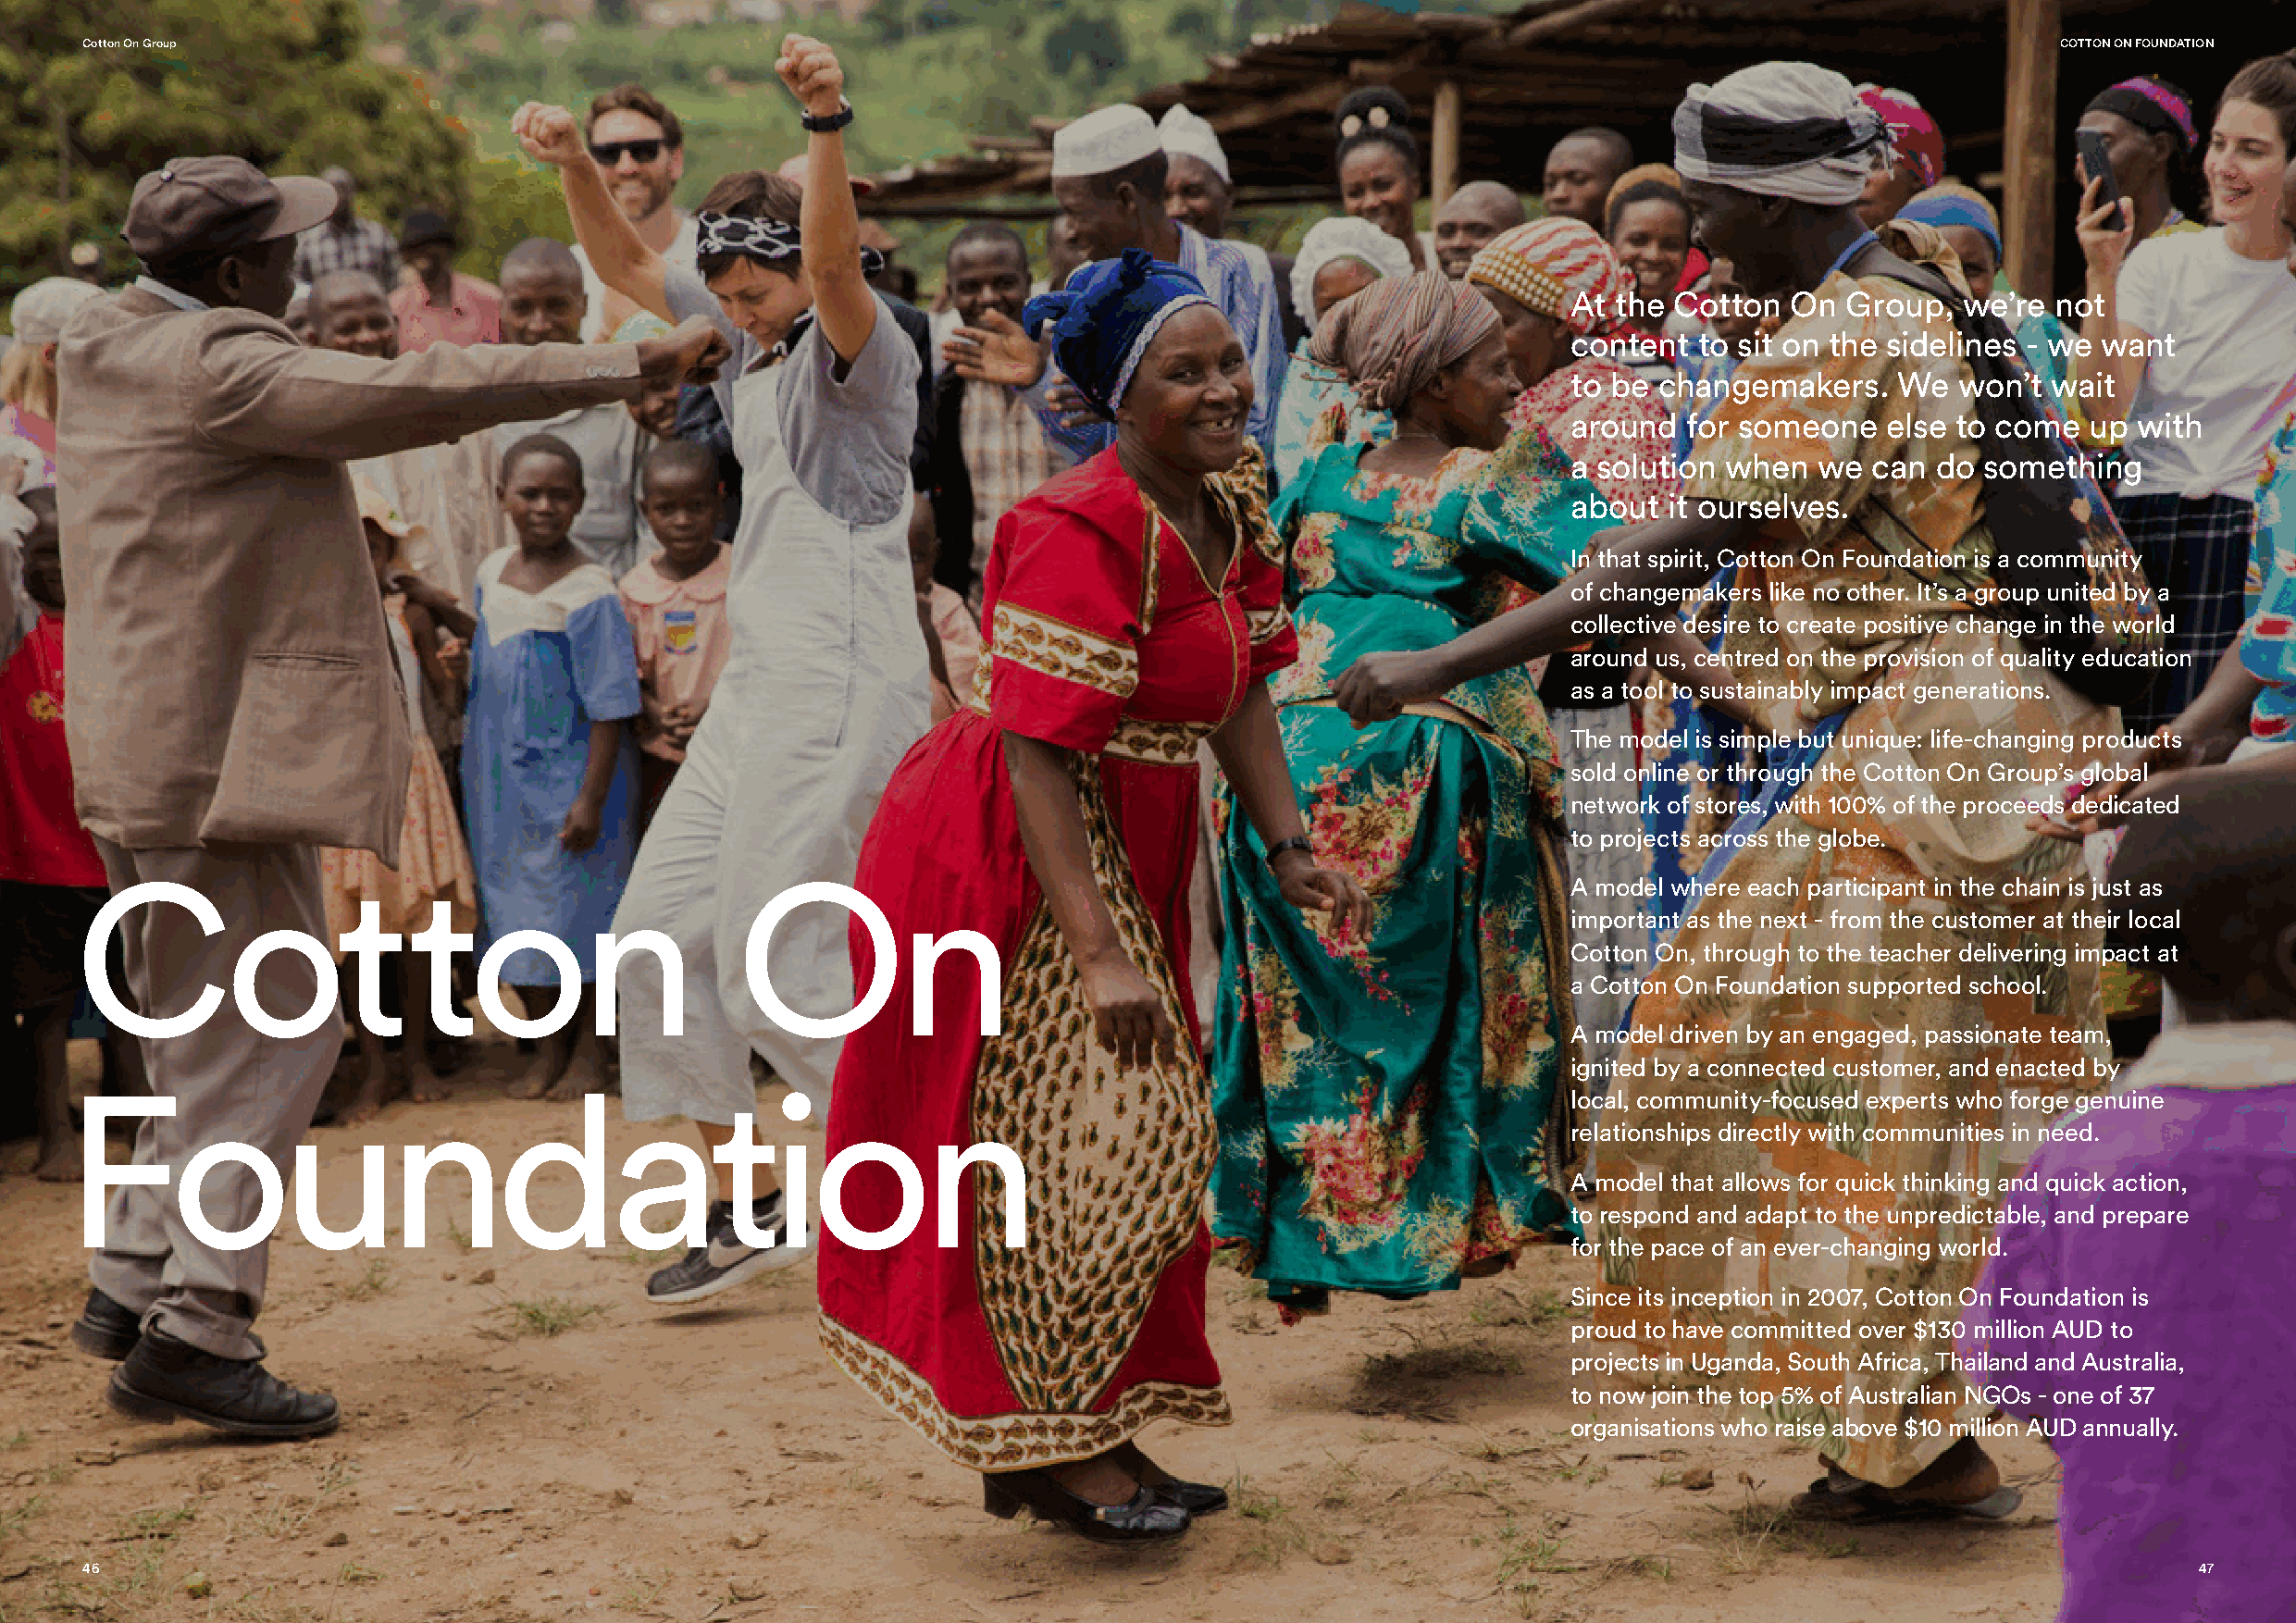
Cotton On Group                                                                                                                              COTTON ON FOUNDATION
 At  the Cotton  On  Group,  we’re  not
 content  to sit on the sidelines - we want
 to be  changemakers.    We  won’t  wait
 around   for someone   else to come  up  with
 a solution when   we  can do  something
 about  it ourselves.
 In that spirit, Cotton On Foundation is a community
 of changemakers like no other. It’s a group united by a
 collective desire to create positive change in the world
 around us, centred on the provision of quality education
 as a tool to sustainably impact generations.
 The model is simple but unique: life-changing products
 sold online or through the Cotton On Group’s global
 network of stores, with 100% of the proceeds dedicated
 to projects across the globe.
 Cotton                                          On
 A model where each participant in the chain is just as
 important as the next - from the customer at their local
 Cotton On, through to the teacher delivering impact at
 a Cotton On Foundation supported school.
 A model driven by an engaged, passionate team,
 ignited by a connected customer, and enacted by
 Foundation
 local, community-focused experts who forge genuine
 relationships directly with communities in need.
 A model that allows for quick thinking and quick action,
 to respond and adapt to the unpredictable, and prepare
 for the pace of an ever-changing world.
 Since its inception in 2007, Cotton On Foundation is
 proud to have committed over $130 million AUD to
 projects in Uganda, South Africa, Thailand and Australia,
 to now join the top 5% of Australian NGOs - one of 37
 organisations who raise above $10 million AUD annually.
 46                                                                                                                                                     47